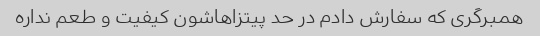
همبرگری که سفارش دادم در حد پیتزاهاشون کیفیت و طعم نداره